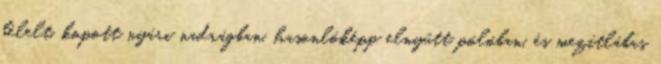
bélelt, kopott nyári nadrágban, hasonlóképp elnyűtt pólóban, és mezítlábas